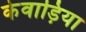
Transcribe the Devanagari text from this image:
केवाड़िया